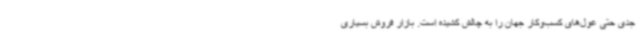
جدی حتی غول‌های کسب‌وکار جهان را به چالش کشیده است. بازار فروش بسیاری